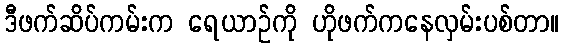
ဒီဖက်ဆိပ်ကမ်းက ရေယာဉ်ကို ဟိုဖက်ကနေလှမ်းပစ်တာ။